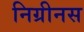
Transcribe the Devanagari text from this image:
निग्रीनस